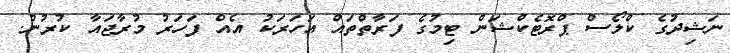
ނަޝިދުގެ ކްލޯސް ޕްރޮޓެކްޝަން ޓިމުގެ ފަރާތްތައް އަހަރަކު އެއް ފަހަރު މުރާޖައާ ކުރުން.